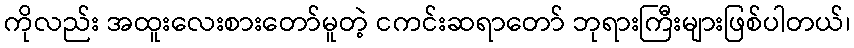
ကိုလည်း အထူးလေးစားတော်မူတဲ့ ငကင်းဆရာတော် ဘုရားကြီးများဖြစ်ပါတယ်၊